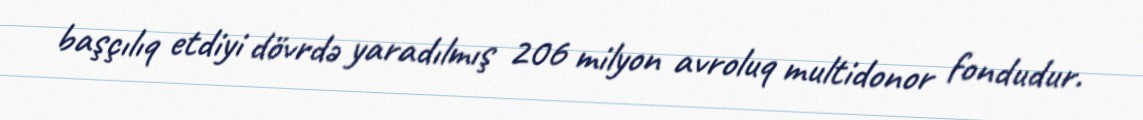
başçılıq etdiyi dövrdə yaradılmış 206 milyon avroluq multidonor fondudur.